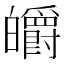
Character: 皭